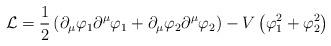
LaTeX: \begin{align*}\mathcal{L}=\frac{1}{2}\left( \partial _{\mu }\varphi _{1}\partial ^{\mu}\varphi _{1}+\partial _{\mu }\varphi _{2}\partial ^{\mu }\varphi_{2}\right) -V\left( \varphi _{1}^{2}+\varphi _{2}^{2}\right) \end{align*}